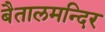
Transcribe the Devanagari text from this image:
बैतालमन्दिर